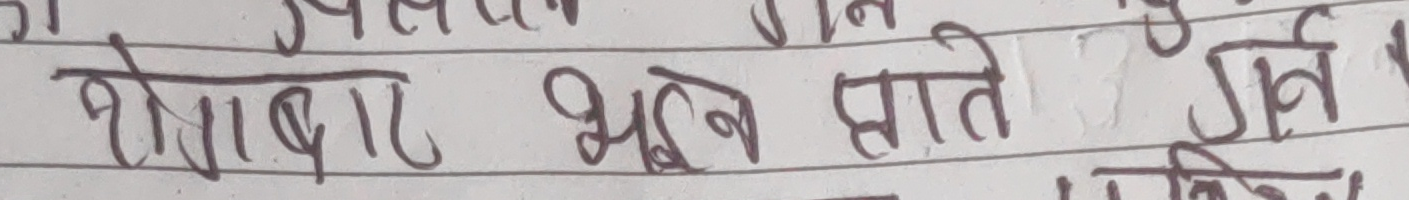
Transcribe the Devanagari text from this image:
शेताबाट भूलन प्राते गर्व